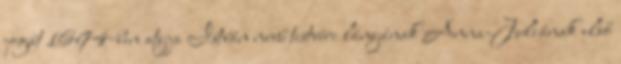
jogát 1694-ben atyja István nevű testvére lányának Anna-Juliának első